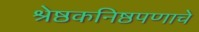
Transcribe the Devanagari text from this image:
श्रेष्ठकनिष्ठपणाचे